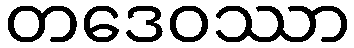
တဒေဝဿာ